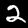
Label: 2